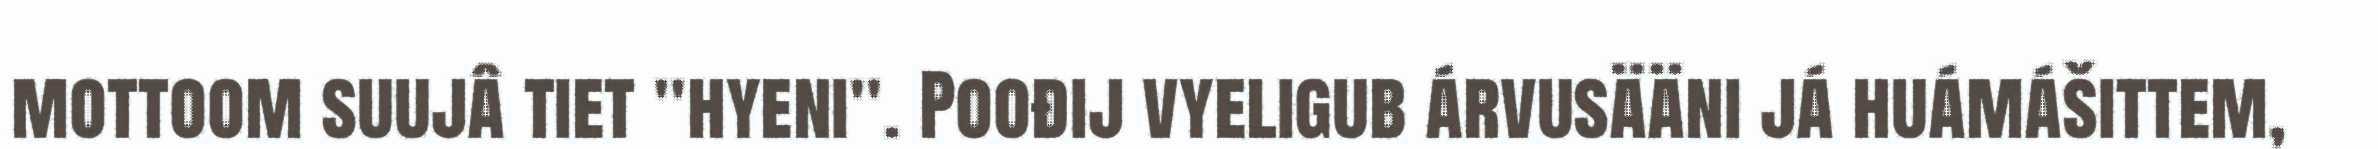
mottoom suujâ tiet "hyeni". Poođij vyeligub árvusääni já huámášittem,